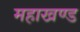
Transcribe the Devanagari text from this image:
महाखण्ड